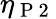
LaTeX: \eta_{\mathrm{~P~2~}}